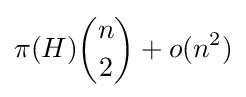
\pi (H){\binom {n}{2}}+o(n^{2})